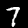
Digit: 7